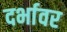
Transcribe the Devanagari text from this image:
दर्भावर